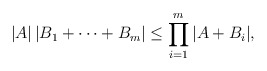
\begin{align*}|A|\,|B_1+\dots +B_m| \le \prod\limits_{i=1}^m|A+B_i|,\end{align*}